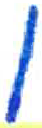
אות: ן